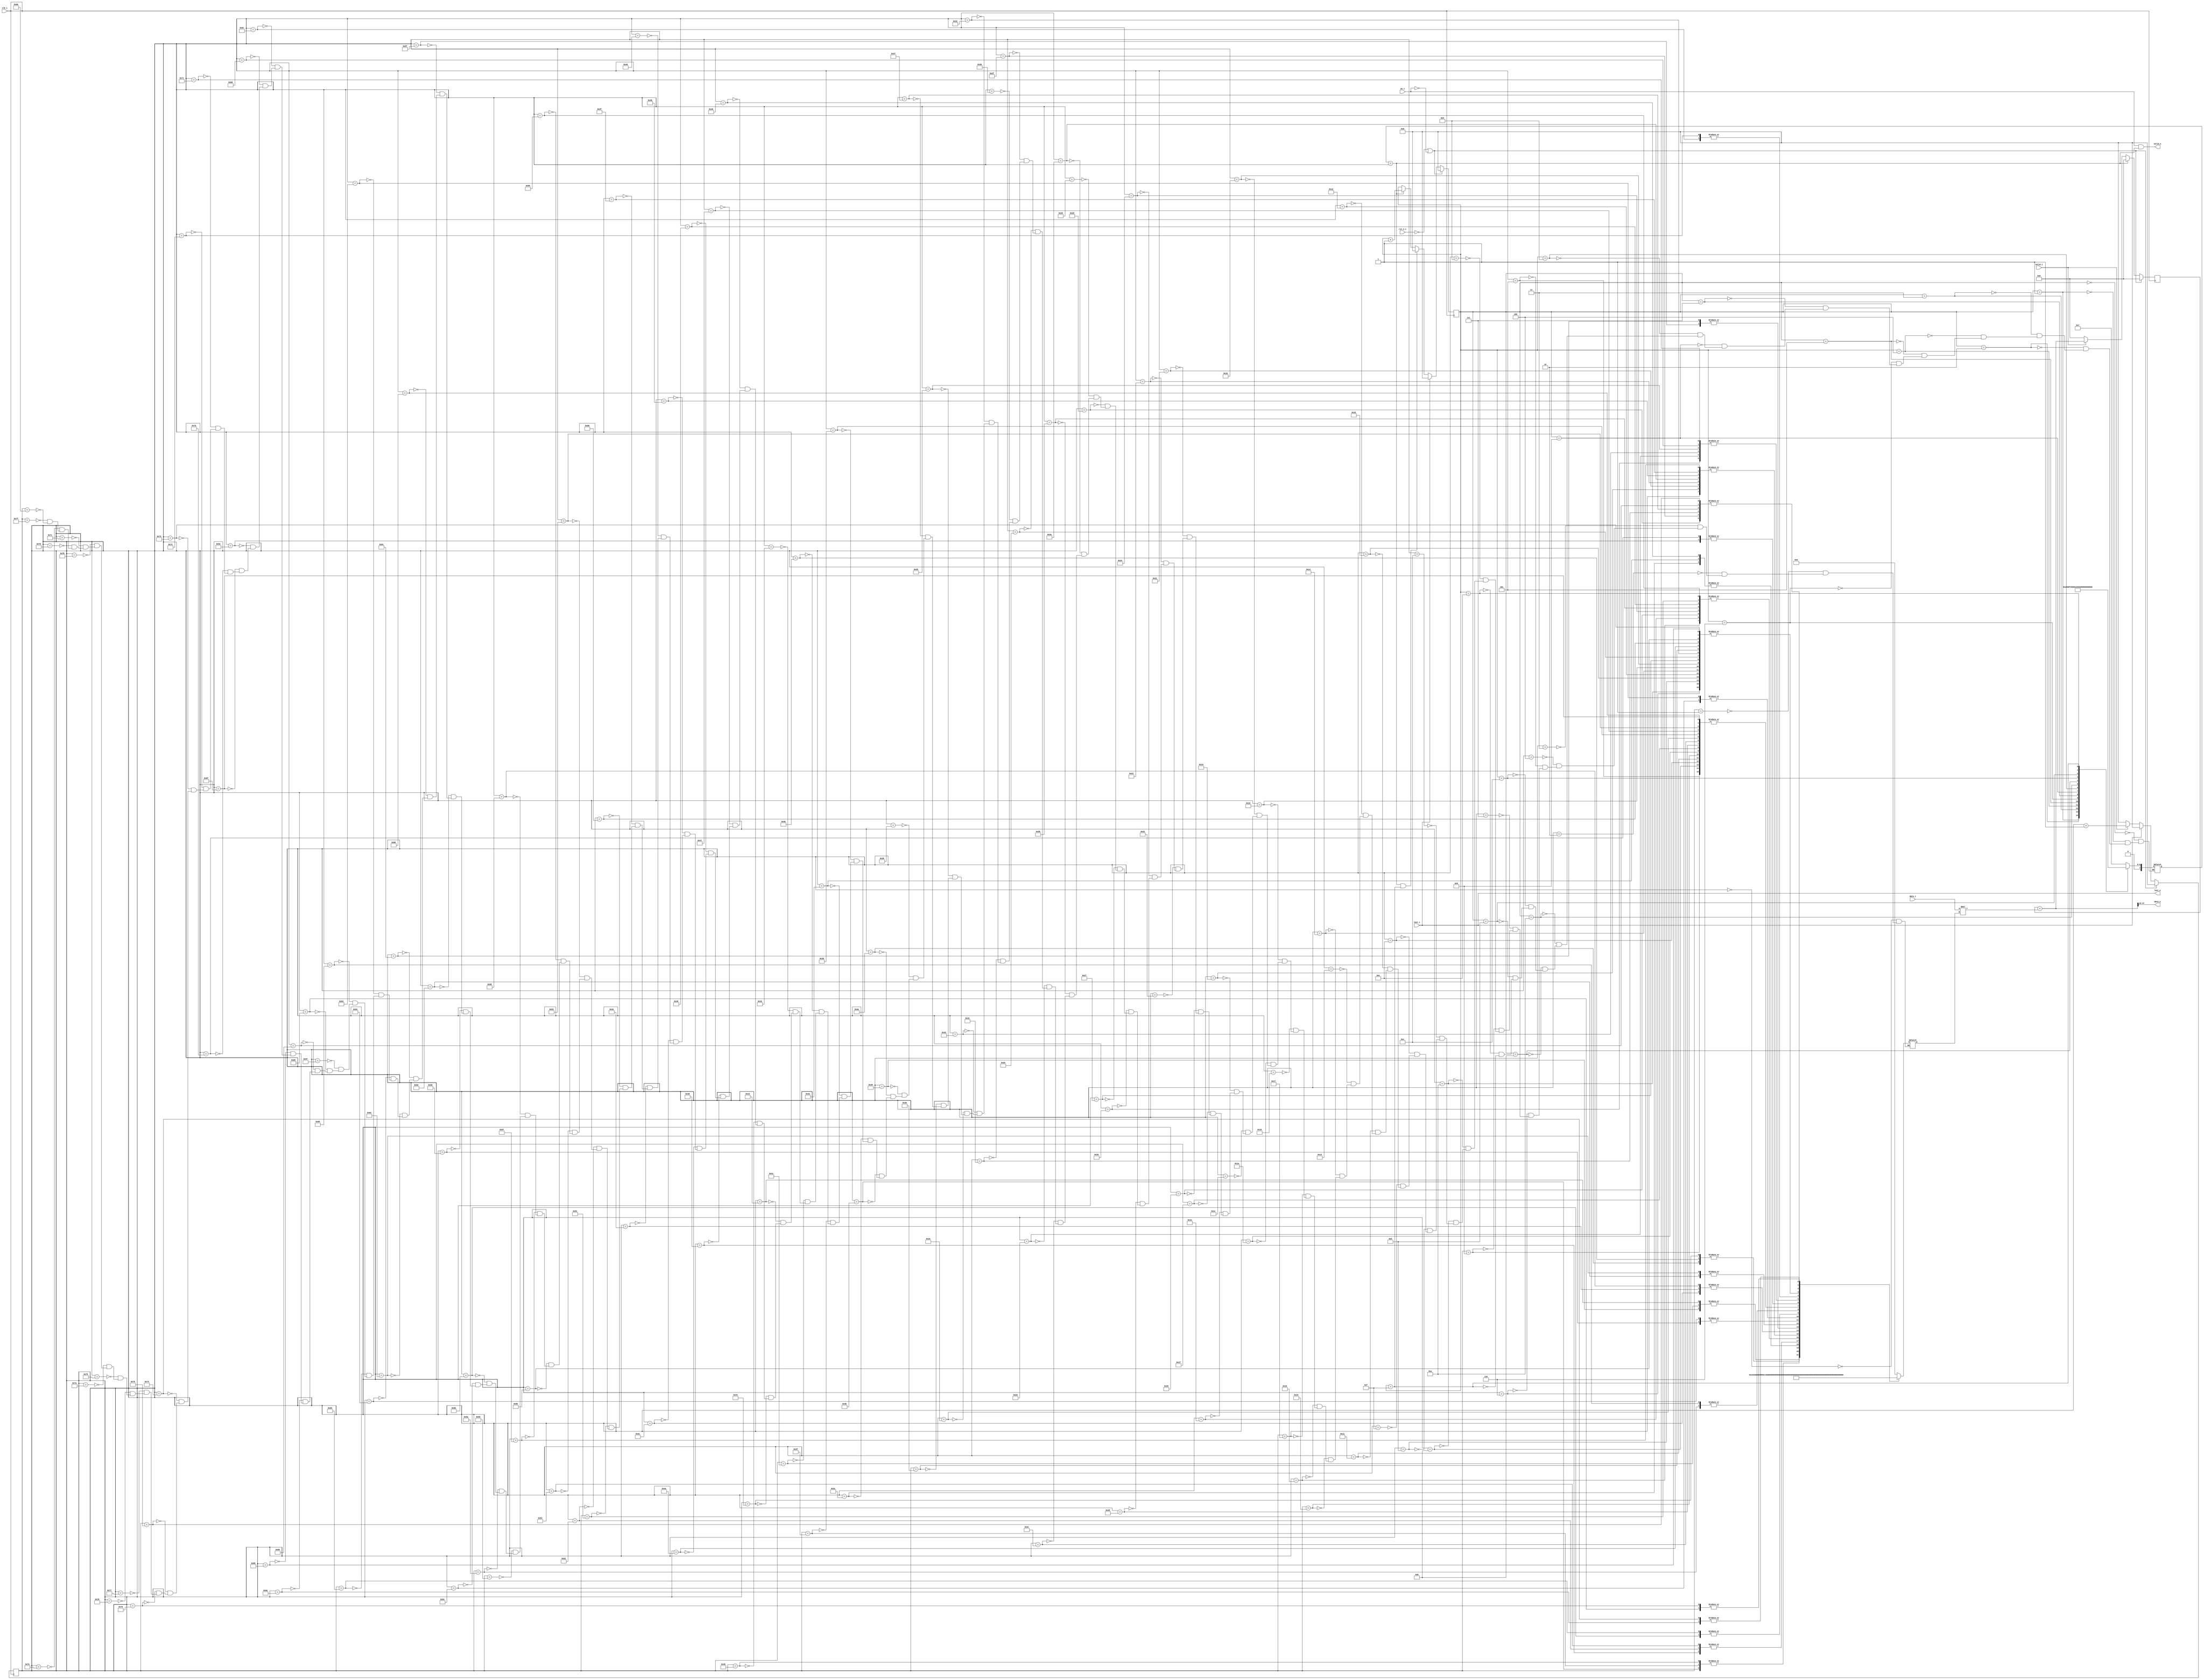
// =============================================================================
// Module:       Filterbank Half
// Design:       Matthew Pauly
// Verification: Eldrick Millares
// Notes:        Takes in an input power spectrum and multiplies it by half 
//               (even or odd only) MFCC overlapping triangular windows.
//               Deassertions of valid are not permitted.
// =============================================================================

module filterbank_half # (
    parameter COEFFILE     = "coef_even.hex",
    parameter BOUNDARYFILE = "boundary_even.hex",

    // =========================================================================
    // Local Parameters - Do Not Edit
    // =========================================================================
    parameter I_BW = 32,
    parameter O_BW = 32
) (
    // clock and reset
    input                                   clk_i,
    input                                   rst_n_i,
    input                                   en_i,

    // streaming input
    input         [I_BW - 1 : 0]            data_i,
    input                                   valid_i,
    input                                   last_i,

    // streaming output
    output         [O_BW - 1 : 0]           data_o,
    output                                  valid_o,
    output                                  last_o
);
    // =========================================================================
    // Local Parameters
    // =========================================================================
    localparam INTERNAL_BW  = 64;   // 48 would be sufficient but why not
    localparam COEF_BW      = 16;   // bitwidth of the filterbank coefficients
    localparam INPUT_LEN    = 129;  // length of the power spectrum
    localparam NUM_BOUNDARY = 16;   // number of triangle boundary indices
                                    // Signals when a MFCC coefficient is done
    localparam BOUNDARY_BW  = 8;

    // =========================================================================
    // Signal Declarations
    // =========================================================================
    reg [COEF_BW - 1 : 0] coef;  // filters 0,2,...30 (even)
                                                     // or      1,3,...31 (odd)
    reg [BOUNDARY_BW - 1 : 0] boundary;  // boundaries

    // =========================================================================
    // Element counter
    // =========================================================================
    reg [BOUNDARY_BW - 1 : 0] elem_counter;
    always @(posedge clk_i) begin
        if (!rst_n_i | !en_i) begin
            elem_counter <= 'd0;
        end else begin
            if (last_i) begin
                elem_counter <= 'd0;
            end else if (valid_i) begin
                elem_counter <= elem_counter + 'd1;
            end else begin
                elem_counter <= 'd0;
            end
        end
    end

    // =========================================================================
    // Boundary counter
    // =========================================================================
    reg [BOUNDARY_BW - 1 : 0] boundary_counter;
    // wire at_boundary = (boundary[boundary_counter] == elem_counter);
    wire at_boundary = (boundary == elem_counter);
    always @(posedge clk_i) begin
        if (!rst_n_i | !en_i) begin
            boundary_counter <= 'd0;
        end else begin
            if (last_i) begin
                boundary_counter <= 'd0;
            end else if (at_boundary & (boundary_counter == NUM_BOUNDARY - 1)) begin
                boundary_counter <= 'd0;
            end else if (at_boundary) begin
                boundary_counter <= boundary_counter + 'd1;
            end else begin
                boundary_counter <= boundary_counter;
            end
        end
    end

    // =========================================================================
    // Running sum
    // =========================================================================
    // Stores the running sum for an output coefficient up to but not
    // including the last element.
    reg [INTERNAL_BW - 1 : 0] sum;
    always @(posedge clk_i) begin
        if (!rst_n_i | !en_i) begin
            sum <= 'd0;
        end else begin
            if (at_boundary) begin  // reset the running sum at boundaries
                sum <= 'd0;
            end else if (valid_i) begin
                // sum <= sum + (data_i * coef[elem_counter]);
                sum <= sum + (data_i * coef);
            end else begin
                sum <= 'd0;
            end
        end
    end

    // wire [INTERNAL_BW - 1 : 0] sum_result = sum + (data_i * coef[elem_counter]);
    wire [INTERNAL_BW - 1 : 0] sum_result = sum + (data_i * coef);

    // =========================================================================
    // Output Assignment
    // =========================================================================
    assign valid_o = (en_i & at_boundary);
    assign data_o = sum_result >> COEF_BW;
    assign last_o = last_i;

    // =========================================================================
    // ROM Memories for filterbank coefficients and boundary indices
    // =========================================================================
    // reg [COEF_BW - 1 : 0] coef [0 : INPUT_LEN - 1];  // filters 0,2,...30 (even)
    //                                                  // or      1,3,...31 (odd)
    // reg [BOUNDARY_BW - 1 : 0] boundary [0 : NUM_BOUNDARY - 1];  // boundaries

    generate
    if (COEFFILE == "coef_even.hex") begin
        always @(*) begin
            case(elem_counter)
                0   : coef = 'h0000;
                1   : coef = 'h0000;
                2   : coef = 'h0000;
                3   : coef = 'h0000;
                4   : coef = 'h0000;
                5   : coef = 'hffff;
                6   : coef = 'h7fff;
                7   : coef = 'h0000;
                8   : coef = 'hffff;
                9   : coef = 'h0000;
                10  : coef = 'h7fff;
                11  : coef = 'hffff;
                12  : coef = 'h0000;
                13  : coef = 'h7fff;
                14  : coef = 'hffff;
                15  : coef = 'h0000;
                16  : coef = 'h7fff;
                17  : coef = 'hffff;
                18  : coef = 'h7fff;
                19  : coef = 'h0000;
                20  : coef = 'h7fff;
                21  : coef = 'hffff;
                22  : coef = 'haaaa;
                23  : coef = 'h5555;
                24  : coef = 'h0000;
                25  : coef = 'h7fff;
                26  : coef = 'hffff;
                27  : coef = 'h7fff;
                28  : coef = 'h0000;
                29  : coef = 'h5555;
                30  : coef = 'haaaa;
                31  : coef = 'hffff;
                32  : coef = 'haaaa;
                33  : coef = 'h5555;
                34  : coef = 'h0000;
                35  : coef = 'h5555;
                36  : coef = 'haaaa;
                37  : coef = 'hffff;
                38  : coef = 'hbfff;
                39  : coef = 'h7fff;
                40  : coef = 'h3fff;
                41  : coef = 'h0000;
                42  : coef = 'h5555;
                43  : coef = 'haaaa;
                44  : coef = 'hffff;
                45  : coef = 'hbfff;
                46  : coef = 'h7fff;
                47  : coef = 'h3fff;
                48  : coef = 'h0000;
                49  : coef = 'h3fff;
                50  : coef = 'h7fff;
                51  : coef = 'hbfff;
                52  : coef = 'hffff;
                53  : coef = 'hbfff;
                54  : coef = 'h7fff;
                55  : coef = 'h3fff;
                56  : coef = 'h0000;
                57  : coef = 'h3333;
                58  : coef = 'h6666;
                59  : coef = 'h9999;
                60  : coef = 'hcccc;
                61  : coef = 'hffff;
                62  : coef = 'hcccc;
                63  : coef = 'h9999;
                64  : coef = 'h6666;
                65  : coef = 'h3333;
                66  : coef = 'h0000;
                67  : coef = 'h3333;
                68  : coef = 'h6666;
                69  : coef = 'h9999;
                70  : coef = 'hcccc;
                71  : coef = 'hffff;
                72  : coef = 'hd554;
                73  : coef = 'haaaa;
                74  : coef = 'h7fff;
                75  : coef = 'h5555;
                76  : coef = 'h2aaa;
                77  : coef = 'h0000;
                78  : coef = 'h2aaa;
                79  : coef = 'h5555;
                80  : coef = 'h7fff;
                81  : coef = 'haaaa;
                82  : coef = 'hd554;
                83  : coef = 'hffff;
                84  : coef = 'hd554;
                85  : coef = 'haaaa;
                86  : coef = 'h7fff;
                87  : coef = 'h5555;
                88  : coef = 'h2aaa;
                89  : coef = 'h0000;
                90  : coef = 'h2492;
                91  : coef = 'h4924;
                92  : coef = 'h6db6;
                93  : coef = 'h9248;
                94  : coef = 'hb6da;
                95  : coef = 'hdb6c;
                96  : coef = 'hffff;
                97  : coef = 'hdb6c;
                98  : coef = 'hb6da;
                99  : coef = 'h9248;
                100 : coef = 'h6db6;
                101 : coef = 'h4924;
                102 : coef = 'h2492;
                103 : coef = 'h0000;
                104 : coef = 'h1fff;
                105 : coef = 'h3fff;
                106 : coef = 'h5fff;
                107 : coef = 'h7fff;
                108 : coef = 'h9fff;
                109 : coef = 'hbfff;
                110 : coef = 'hdfff;
                111 : coef = 'hffff;
                112 : coef = 'hdfff;
                113 : coef = 'hbfff;
                114 : coef = 'h9fff;
                115 : coef = 'h7fff;
                116 : coef = 'h5fff;
                117 : coef = 'h3fff;
                118 : coef = 'h1fff;
                119 : coef = 'h0000;
                120 : coef = 'h0000;
                121 : coef = 'h0000;
                122 : coef = 'h0000;
                123 : coef = 'h0000;
                124 : coef = 'h0000;
                125 : coef = 'h0000;
                126 : coef = 'h0000;
                127 : coef = 'h0000;
                128 : coef = 'h0000;
            endcase
        end
    end else begin
        always @(*) begin
            case(elem_counter)
                0   : coef = 'h0000;
                1   : coef = 'h0000;
                2   : coef = 'h0000;
                3   : coef = 'h0000;
                4   : coef = 'h0000;
                5   : coef = 'h0000;
                6   : coef = 'h7fff;
                7   : coef = 'hffff;
                8   : coef = 'h0000;
                9   : coef = 'hffff;
                10  : coef = 'h7fff;
                11  : coef = 'h0000;
                12  : coef = 'hffff;
                13  : coef = 'h7fff;
                14  : coef = 'h0000;
                15  : coef = 'hffff;
                16  : coef = 'h7fff;
                17  : coef = 'h0000;
                18  : coef = 'h7fff;
                19  : coef = 'hffff;
                20  : coef = 'h7fff;
                21  : coef = 'h0000;
                22  : coef = 'h5555;
                23  : coef = 'haaaa;
                24  : coef = 'hffff;
                25  : coef = 'h7fff;
                26  : coef = 'h0000;
                27  : coef = 'h7fff;
                28  : coef = 'hffff;
                29  : coef = 'haaaa;
                30  : coef = 'h5555;
                31  : coef = 'h0000;
                32  : coef = 'h5555;
                33  : coef = 'haaaa;
                34  : coef = 'hffff;
                35  : coef = 'haaaa;
                36  : coef = 'h5555;
                37  : coef = 'h0000;
                38  : coef = 'h3fff;
                39  : coef = 'h7fff;
                40  : coef = 'hbfff;
                41  : coef = 'hffff;
                42  : coef = 'haaaa;
                43  : coef = 'h5555;
                44  : coef = 'h0000;
                45  : coef = 'h3fff;
                46  : coef = 'h7fff;
                47  : coef = 'hbfff;
                48  : coef = 'hffff;
                49  : coef = 'hbfff;
                50  : coef = 'h7fff;
                51  : coef = 'h3fff;
                52  : coef = 'h0000;
                53  : coef = 'h3fff;
                54  : coef = 'h7fff;
                55  : coef = 'hbfff;
                56  : coef = 'hffff;
                57  : coef = 'hcccc;
                58  : coef = 'h9999;
                59  : coef = 'h6666;
                60  : coef = 'h3333;
                61  : coef = 'h0000;
                62  : coef = 'h3333;
                63  : coef = 'h6666;
                64  : coef = 'h9999;
                65  : coef = 'hcccc;
                66  : coef = 'hffff;
                67  : coef = 'hcccc;
                68  : coef = 'h9999;
                69  : coef = 'h6666;
                70  : coef = 'h3333;
                71  : coef = 'h0000;
                72  : coef = 'h2aaa;
                73  : coef = 'h5555;
                74  : coef = 'h7fff;
                75  : coef = 'haaaa;
                76  : coef = 'hd554;
                77  : coef = 'hffff;
                78  : coef = 'hd554;
                79  : coef = 'haaaa;
                80  : coef = 'h7fff;
                81  : coef = 'h5555;
                82  : coef = 'h2aaa;
                83  : coef = 'h0000;
                84  : coef = 'h2aaa;
                85  : coef = 'h5555;
                86  : coef = 'h7fff;
                87  : coef = 'haaaa;
                88  : coef = 'hd554;
                89  : coef = 'hffff;
                90  : coef = 'hdb6c;
                91  : coef = 'hb6da;
                92  : coef = 'h9248;
                93  : coef = 'h6db6;
                94  : coef = 'h4924;
                95  : coef = 'h2492;
                96  : coef = 'h0000;
                97  : coef = 'h2492;
                98  : coef = 'h4924;
                99  : coef = 'h6db6;
                100 : coef = 'h9248;
                101 : coef = 'hb6da;
                102 : coef = 'hdb6c;
                103 : coef = 'hffff;
                104 : coef = 'hdfff;
                105 : coef = 'hbfff;
                106 : coef = 'h9fff;
                107 : coef = 'h7fff;
                108 : coef = 'h5fff;
                109 : coef = 'h3fff;
                110 : coef = 'h1fff;
                111 : coef = 'h0000;
                112 : coef = 'h1fff;
                113 : coef = 'h3fff;
                114 : coef = 'h5fff;
                115 : coef = 'h7fff;
                116 : coef = 'h9fff;
                117 : coef = 'hbfff;
                118 : coef = 'hdfff;
                119 : coef = 'hffff;
                120 : coef = 'he38d;
                121 : coef = 'hc71b;
                122 : coef = 'haaaa;
                123 : coef = 'h8e38;
                124 : coef = 'h71c6;
                125 : coef = 'h5555;
                126 : coef = 'h38e3;
                127 : coef = 'h1c71;
                128 : coef = 'h0000;
            endcase
        end
    end
    endgenerate

    generate
    if (BOUNDARYFILE == "boundary_even.hex") begin
        always @(*) begin
            case(boundary_counter)
                0   : boundary = 'h07;
                1   : boundary = 'h09;
                2   : boundary = 'h0c;
                3   : boundary = 'h0f;
                4   : boundary = 'h13;
                5   : boundary = 'h18;
                6   : boundary = 'h1c;
                7   : boundary = 'h22;
                8   : boundary = 'h29;
                9   : boundary = 'h30;
                10  : boundary = 'h38;
                11  : boundary = 'h42;
                12  : boundary = 'h4d;
                13  : boundary = 'h59;
                14  : boundary = 'h67;
                15  : boundary = 'h77;
            endcase
        end
    end else begin
        always @(*) begin
            case(boundary_counter)
                0   : boundary = 'h08;
                1   : boundary = 'h0b;
                2   : boundary = 'h0e;
                3   : boundary = 'h11;
                4   : boundary = 'h15;
                5   : boundary = 'h1a;
                6   : boundary = 'h1f;
                7   : boundary = 'h25;
                8   : boundary = 'h2c;
                9   : boundary = 'h34;
                10  : boundary = 'h3d;
                11  : boundary = 'h47;
                12  : boundary = 'h53;
                13  : boundary = 'h60;
                14  : boundary = 'h6f;
                15  : boundary = 'h80;
            endcase
        end
    end
    endgenerate

    initial begin
        // $display("reading from: %s", COEFFILE);
        // $display("reading from: %s", BOUNDARYFILE);
        // $readmemh(COEFFILE, coef);
        // $readmemh(BOUNDARYFILE, boundary);

        // =====================================================================
        // Simulation Only Waveform Dump (.vcd export)
        // =====================================================================
        `ifdef COCOTB_SIM
        `ifndef SCANNED
        `define SCANNED
        $dumpfile ("wave.vcd");
        $dumpvars (0, filterbank_half);
        #1;
        `endif
        `endif
    end

endmodule